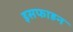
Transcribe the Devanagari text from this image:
इसफाहन